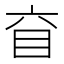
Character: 𥄈